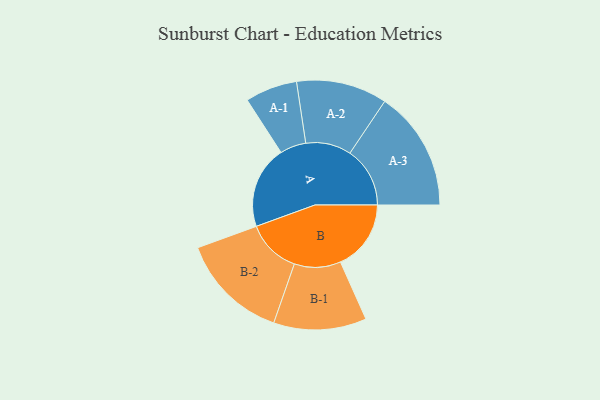
{"axis": {"x": "Segment", "y": "Value"}, "legend": ["", "A", "B"], "data": [{"x": "A", "y": 345, "type": ""}, {"x": "B", "y": 295, "type": ""}, {"x": "A-1", "y": 109, "type": "A"}, {"x": "A-2", "y": 190, "type": "A"}, {"x": "A-3", "y": 251, "type": "A"}, {"x": "B-1", "y": 194, "type": "B"}, {"x": "B-2", "y": 227, "type": "B"}]}